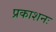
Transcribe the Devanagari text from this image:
प्रकाशनः